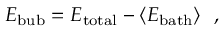
E _ { \mathrm { b u b } } = E _ { \mathrm { t o t a l } } - \langle E _ { \mathrm { b a t h } } \rangle ~ ~ ,